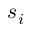
s _ { i }